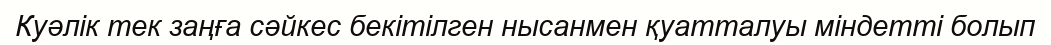
Куәлік тек заңға сәйкес бекітілген нысанмен қуатталуы міндетті болып